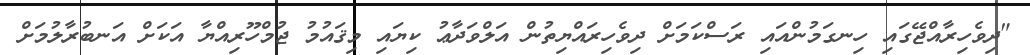
"ދިވެހިރާއްޖޭގައި ހިނގަމުންއައި ރަސްކަމަށް ދިވެހިރައްޔިތުން އަލްވަދާޢު ކިޔައި މިޤައުމު ޖުމްހޫރިއްޔާ އަކަށް އަނބުރާލުމަށް